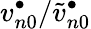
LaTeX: v_{n0}^{\bullet}/\widetilde v_{n0}^{\bullet}